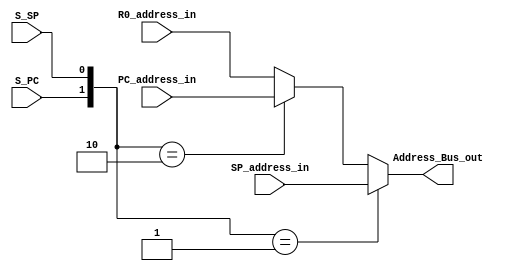
module AddressSelector(
    input [15:0] PC_address_in,
    input [15:0] SP_address_in,
    input [15:0] R0_address_in,
    input S_PC,
    input S_SP,
    output /*reg */[15:0] Address_Bus_out
    );
    /*always @(S_PC or S_SP)
    begin
        case ({S_PC,S_SP})
            2'b00: Address_Bus_out = R0_address_in; //Address from R0 is selected
            2'b01: Address_Bus_out = SP_address_in; //Address from SP is selected
            2'b10: Address_Bus_out = PC_address_in; //Address from PC is selected
            2'b11: Address_Bus_out = R0_address_in; //Invalid :: Default: Address from R0 is selected
        endcase
    end*/
    assign Address_Bus_out = ({S_PC,S_SP} == 2'b01)?SP_address_in:
                             (({S_PC,S_SP} == 2'b10)?PC_address_in:
                             R0_address_in);
endmodule